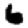
Digit: 6